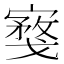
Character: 𪧮